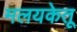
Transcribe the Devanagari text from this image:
मलयकेतू